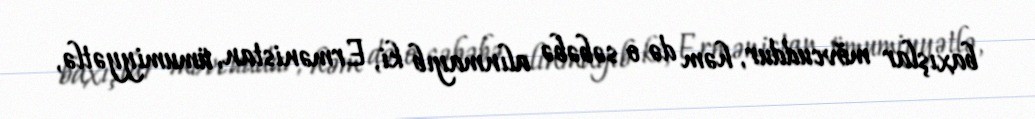
baxışlar mövcuddur, həm də o səbəbə alınmayıb ki, Ermənistan, ümumiyyətlə,